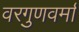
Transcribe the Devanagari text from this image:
वरगुणवर्मा